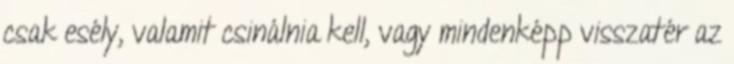
csak esély, valamit csinálnia kell, vagy mindenképp visszatér az